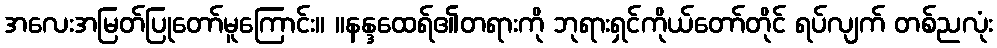
အလေးအမြတ်ပြုတော်မူကြောင်း။ ။နန္ဒထေရ်၏တရားကို ဘုရားရှင်ကိုယ်တော်တိုင် ရပ်လျက် တစ်ညလုံး